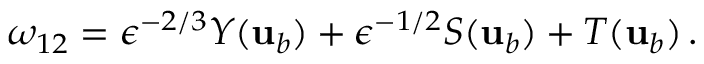
\omega _ { 1 2 } = \epsilon ^ { - 2 / 3 } Y ( { \mathbf { u } } _ { b } ) + \epsilon ^ { - 1 / 2 } S ( { \mathbf { u } } _ { b } ) + T ( { \mathbf { u } } _ { b } ) \, .